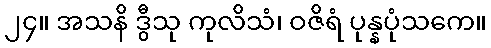
၂၄။ အသနိ ဒွီသု ကုလိသံ၊ ဝဇိရံ ပုန္နပုံသကေ။